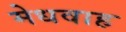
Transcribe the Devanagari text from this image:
मेधवाह